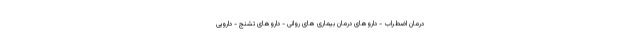
درمان اضطراب - داروهای درمان بیماری های روانی - داروهای تشنج - دارویی